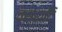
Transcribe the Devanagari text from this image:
वस्रादि